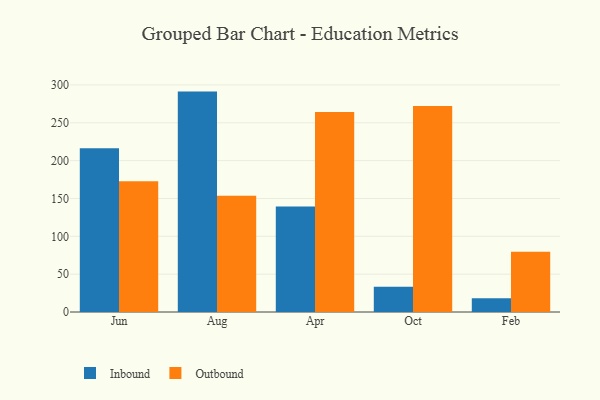
{"axis": {"x": "Month", "y": "Net Income (USD K)"}, "legend": ["Inbound", "Outbound"], "data": [{"x": "Jun", "y": 216.4, "type": "Inbound"}, {"x": "Jun", "y": 172.9, "type": "Outbound"}, {"x": "Aug", "y": 291.2, "type": "Inbound"}, {"x": "Aug", "y": 153.5, "type": "Outbound"}, {"x": "Apr", "y": 139.3, "type": "Inbound"}, {"x": "Apr", "y": 264.3, "type": "Outbound"}, {"x": "Oct", "y": 33.5, "type": "Inbound"}, {"x": "Oct", "y": 272.1, "type": "Outbound"}, {"x": "Feb", "y": 18.3, "type": "Inbound"}, {"x": "Feb", "y": 79.6, "type": "Outbound"}]}